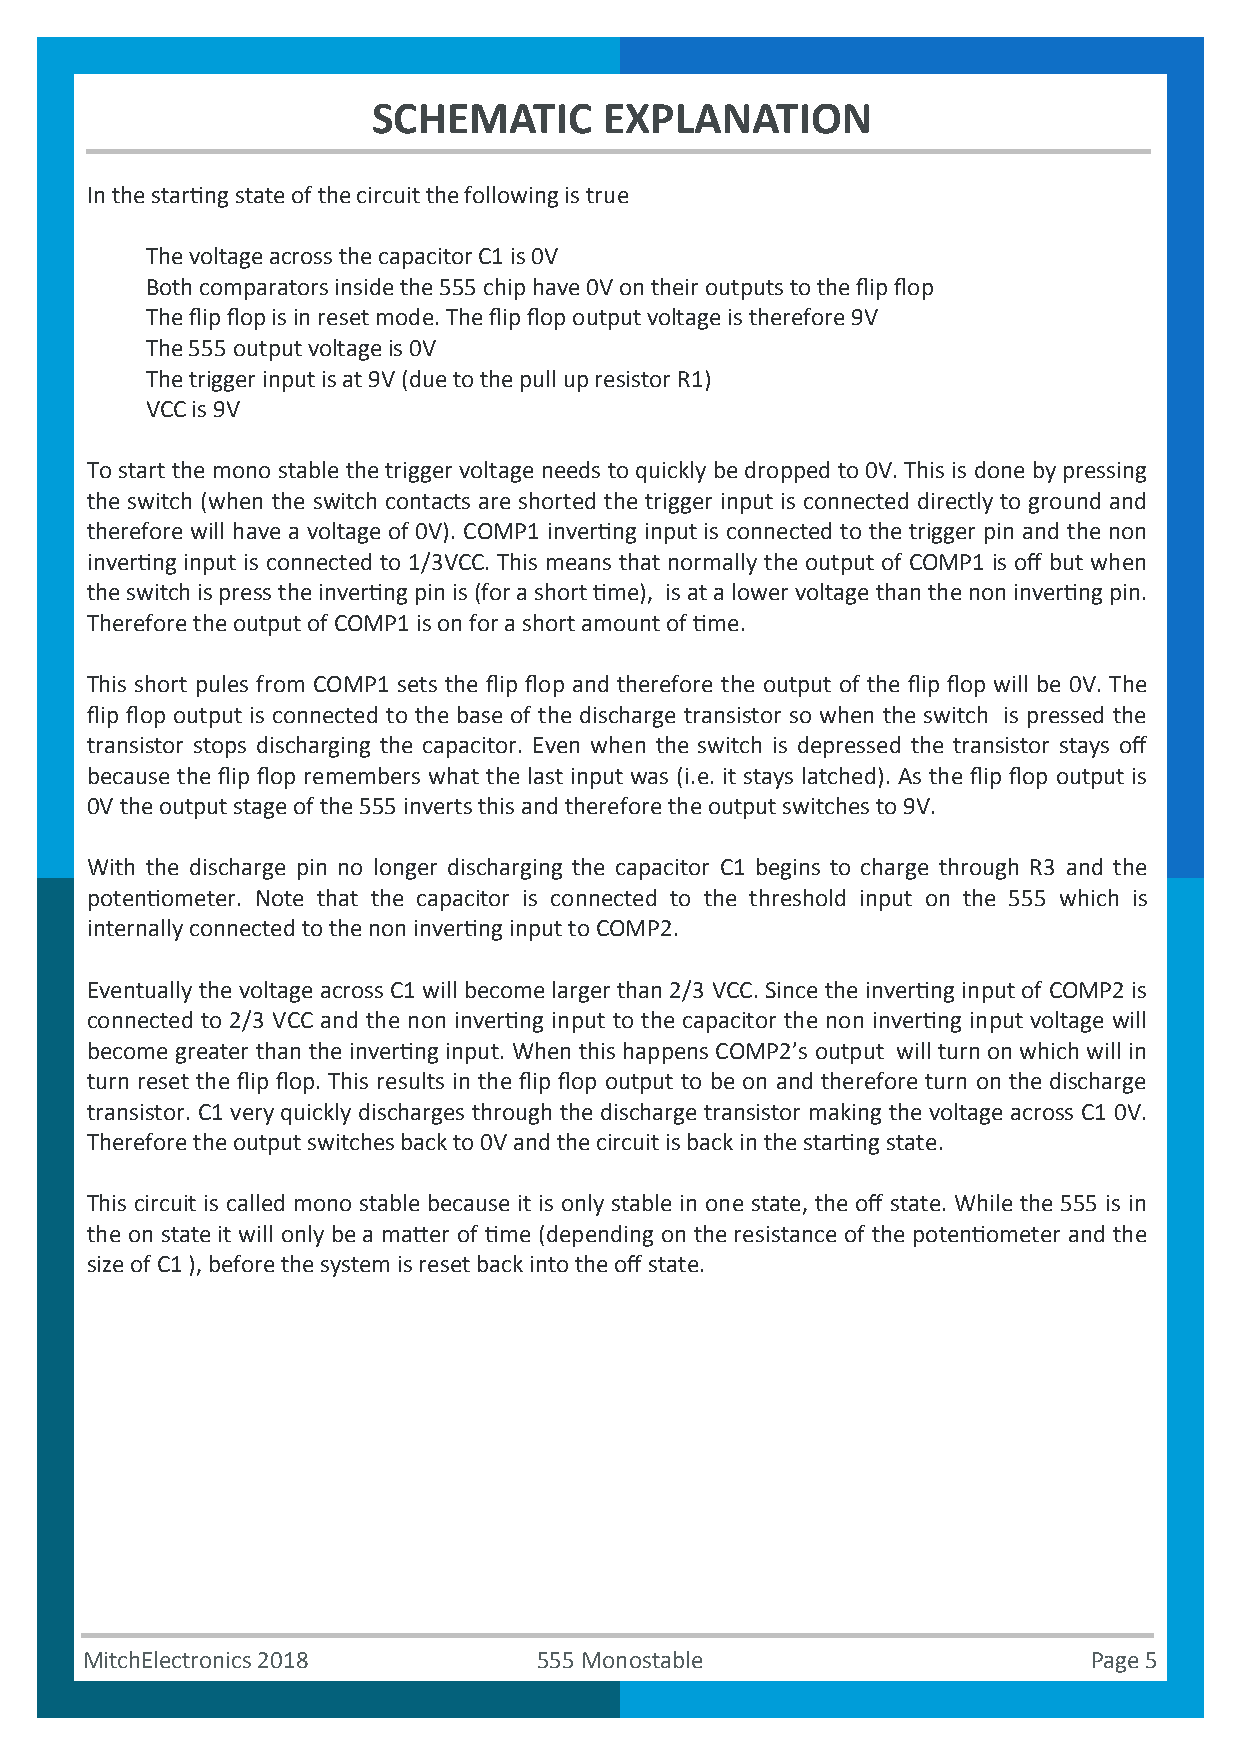
SCHEMATIC      EXPLANATION
 In the starting state of the circuit the following is true
 The voltage across the capacitor C1 is 0V
 Both comparators inside the 555 chip have 0V on their outputs to the flip flop
 The flip flop is in reset mode. The flip flop output voltage is therefore 9V
 The 555 output voltage is 0V
 The trigger input is at 9V (due to the pull up resistor R1)
 VCC is 9V
 To start the mono stable the trigger voltage needs to quickly be dropped to 0V. This is done by pressing
 the switch (when the switch contacts are shorted the trigger input is connected directly to ground and
 therefore will have a voltage of 0V). COMP1 inverting input is connected to the trigger pin and the non
 inverting input is connected to 1/3VCC. This means that normally the output of COMP1 is off but when
 the switch is press the inverting pin is (for a short time), is at a lower voltage than the non inverting pin.
 Therefore the output of COMP1 is on for a short amount of time.
 This short pules from COMP1 sets the flip flop and therefore the output of the flip flop will be 0V. The
 flip flop output is connected to the base of the discharge transistor so when the switch is pressed the
 transistor stops discharging the capacitor. Even when the switch is depressed the transistor stays off
 because the flip flop remembers what the last input was (i.e. it stays latched). As the flip flop output is
 0V the output stage of the 555 inverts this and therefore the output switches to 9V.
 With the discharge pin no longer discharging the capacitor C1 begins to charge through R3 and the
 potentiometer. Note that the capacitor is connected to the threshold input on the 555 which is
 internally connected to the non inverting input to COMP2.
 Eventually the voltage across C1 will become larger than 2/3 VCC. Since the inverting input of COMP2 is
 connected to 2/3 VCC and the non inverting input to the capacitor the non inverting input voltage will
 become greater than the inverting input. When this happens COMP2’s output will turn on which will in
 turn reset the flip flop. This results in the flip flop output to be on and therefore turn on the discharge
 transistor. C1 very quickly discharges through the discharge transistor making the voltage across C1 0V.
 Therefore the output switches back to 0V and the circuit is back in the starting state.
 This circuit is called mono stable because it is only stable in one state, the off state. While the 555 is in
 the on state it will only be a matter of time (depending on the resistance of the potentiometer and the
 size of C1 ), before the system is reset back into the off state.
 MitchElectronics 2018          555 Monostable                      Page 5